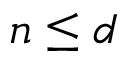
n \leq d